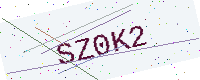
Text: SZ0K2